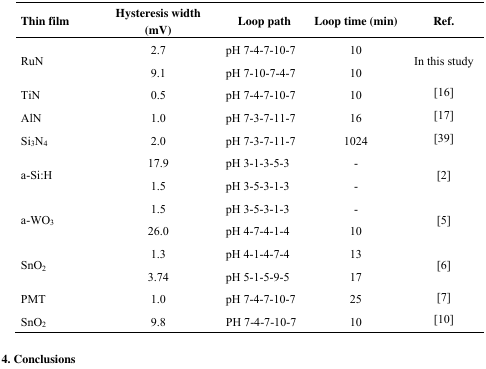
<table><thead><tr><td><b>Thin film</b></td><td><b>Hysteresis width (mV)</b></td><td><b>Loop path</b></td><td><b>Loop time (min)</b></td><td><b>Ref.</b></td></tr></thead><tbody><tr><td rowspan="2">RuN</td><td>2.7</td><td>pH 7-4-7-10-7</td><td>10</td><td rowspan="2">In this study</td></tr><tr><td>9.1</td><td>pH 7-10-7-4-7</td><td>10</td></tr><tr><td>TiN</td><td>0.5</td><td>pH 7-4-7-10-7</td><td>10</td><td>[16]</td></tr><tr><td>AlN</td><td>1.0</td><td>pH 7-3-7-11-7</td><td>16</td><td>[17]</td></tr><tr><td>Si<sub>3</sub>N<sub>4</sub></td><td>2.0</td><td>pH 7-3-7-11-7</td><td>1024</td><td>[39]</td></tr><tr><td rowspan="2">a-Si:H</td><td>17.9</td><td>pH 3-1-3-5-3</td><td>-</td><td rowspan="2">[2]</td></tr><tr><td>1.5</td><td>pH 3-5-3-1-3</td><td>-</td></tr><tr><td rowspan="2">a-WO<sub>3</sub></td><td>1.5</td><td>pH 3-5-3-1-3</td><td>-</td><td rowspan="2">[5]</td></tr><tr><td>26.0</td><td>pH 4-7-4-1-4</td><td>10</td></tr><tr><td rowspan="2">SnO<sub>2</sub></td><td>1.3</td><td>pH 4-1-4-7-4</td><td>13</td><td rowspan="2">[6]</td></tr><tr><td>3.74</td><td>pH 5-1-5-9-5</td><td>17</td></tr><tr><td>PMT</td><td>1.0</td><td>pH 7-4-7-10-7</td><td>25</td><td>[7]</td></tr><tr><td>SnO<sub>2</sub></td><td>9.8</td><td>PH 7-4-7-10-7</td><td>10</td><td>[10]</td></tr></tbody></table>